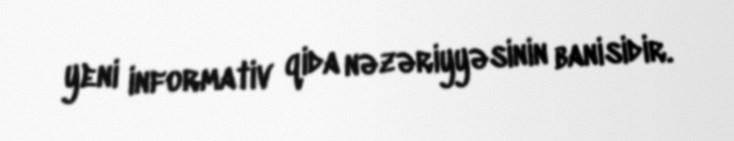
yeni informativ qida nəzəriyyəsinin banisidir.